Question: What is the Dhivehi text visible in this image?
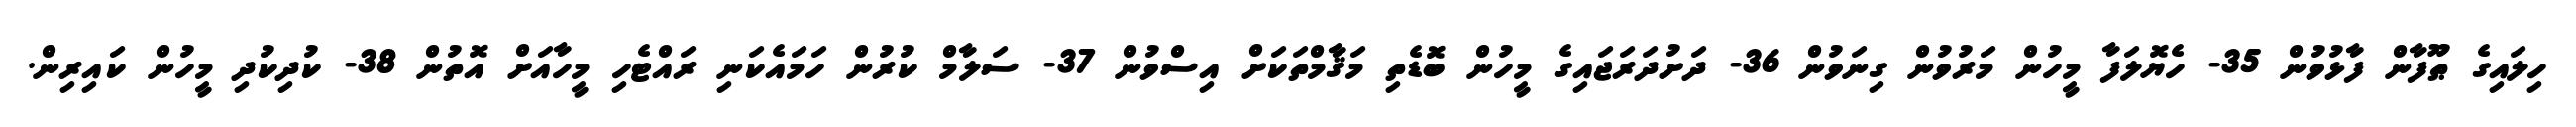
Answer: ހިލައިގެ ޠޫފާން ފާޅުވުން 35- ހެޔޮލަފާ މީހުން މަރުވުން ގިނަވުން 36- ދަށުދަރަޖައިގެ މީހުން ބޮޑެތި މަޤާމްތަކަށް އިސްވުން 37- ސަލާމް ކުރުން ހަމައެކަނި ރައްޓެހި މީހާއަށް އޮތުން 38- ކުދިކުދި މީހުން ކައިރިން.